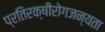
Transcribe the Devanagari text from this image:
प्रतिरक्षीरोगजन्यता